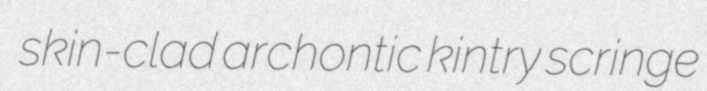
skin-clad archontic kintry scringe